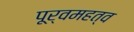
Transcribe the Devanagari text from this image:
पूर्वमहत्व